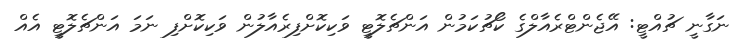
ނަގާނީ ޗުއްޓީ: އޭޖެންޓްރެއާލްގެ ކޯޗުކަމުން އަންޗެލޮޓީ ވަކިކޮށްފިރެއާލުން ވަކިކޮށްފި ނަމަ އަންޗެލޮޓީ އެއް